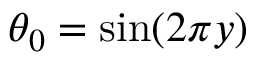
\theta _ { 0 } = \sin ( 2 \pi y )